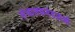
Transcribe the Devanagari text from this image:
संचालकमंडळाशी